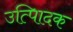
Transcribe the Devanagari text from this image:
उत्पािदक